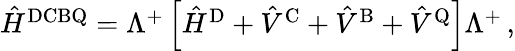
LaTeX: \begin{array}{r}{\hat{H}^{\mathrm{DCBQ}}=\Lambda^{+}\left[\hat{H}^{\mathrm{D}}+\hat{V}^{\mathrm{C}}+\hat{V}^{\mathrm{B}}+\hat{V}^{\mathrm{Q}}\right]\Lambda^{+}\, ,}\end{array}